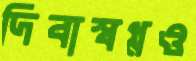
দিবাস্বপ্নও